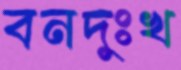
বনদুঃখ